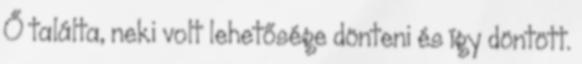
Ő találta, neki volt lehetősége dönteni és így döntött.